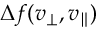
\Delta f ( v _ { \perp } , v _ { \parallel } )